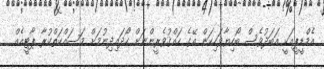
އެމްޑީޕީއަކީ އަބަދުވެސް ބޯހިޔާވަހިކަން އޭގެ ހައްޤުވެރީންނަށް ހޯދައިދިނުމަށް މަސައްކަތްކުރާ ޕާޓީއެއް